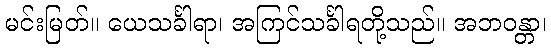
မင်းမြတ်။ ယေသင်္ခါရာ၊ အကြင်သင်္ခါရတို့သည်။ အဘဝန္တာ၊